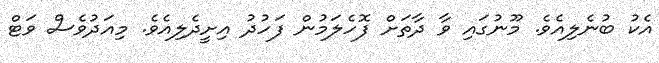
އެކު ބުނެލިއެވެ. މޫނުގައި ވާ ދާތަށް ފޮހެލަމުން ފަހުދު އިށީދެލިއެވެ. މިއަދުވެސް ވަޓް